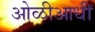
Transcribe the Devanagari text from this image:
ओळीआधी